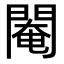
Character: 閹